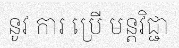
នូវ ការ ប្រើ មន្តវិជ្ជា